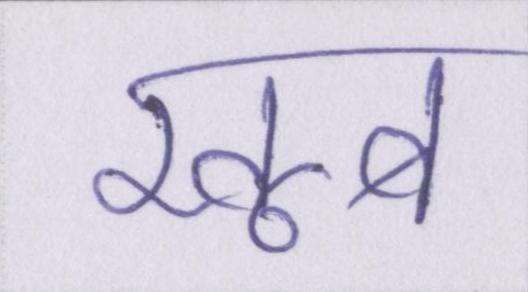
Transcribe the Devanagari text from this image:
खूब